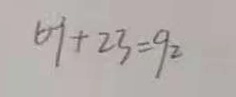
6 9 + 2 3 = 9 2